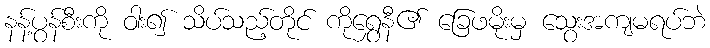
နန့်ပွန်စီးကို ဝါး၍ သိပ်သည့်တိုင် ကိုရွှေနီ၏ ခြေဖမိုးမှ သွေးအကျမရပ်ဘဲ